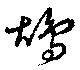
鴣